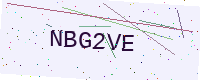
Text: NBG2VE